Vaccine operations Central Provinces 1886-1899 - 1886-1899
Year: 1886
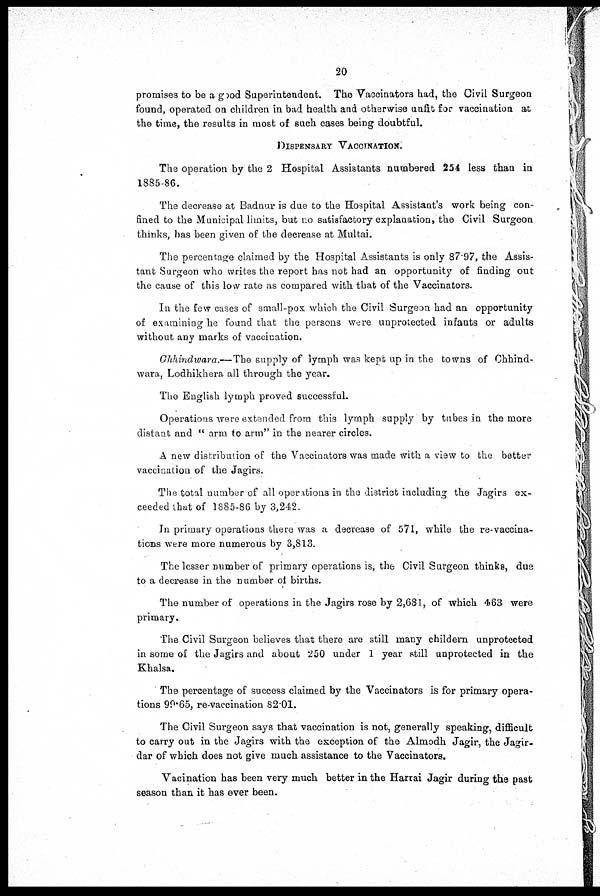
20
promises to be a good Superintendent. The Vaccinators had, the Civil Surgeon
found, operated on children in bad health and otherwise unfit for vaccination at
the time, the results in most of such cases being doubtful.
DISPENSARY VACCINATION.
The operation by the 2 Hospital Assistants numbered 254 less than in
1885-86.
The decrease at Badnur is due to the Hospital Assistant's work being con-
fined to the Municipal limits, but no satisfactory explanation, the Civil Surgeon
thinks, has been given of the decrease at Multai.
The percentage claimed by the Hospital Assistants is only 87.97, the Assis-
tant Surgeon who writes the report has not had an opportunity of finding out
the cause of this low rate as compared with that of the Vaccinators.
In the few cases of small-pox which the Civil Surgeon had an opportunity
of examining he found that the persons were unprotected infants or adults
without any marks of vaccination,
Chhindwara.—The supply of lymph was kept up in the towns of Chhind-
wara, Lodhikhera all through the year.
The English lymph proved successful.
Operations were extended from this lymph supply by tubes in the more
distant and " arm to arm" in the nearer circles.
A new distribution of the Vaccinators was made with a view to the better
vaccination of the Jagirs.
The total number of all operations in the district including the Jagirs ex-
ceeded that of 1885-86 by 3,242.
In primary operations there was a decrease of 571, while the re-vaccina-
tions were more numerous by 3,813.
The lesser number of primary operations is, the Civil Surgeon thinks, due
to a decrease in the number of births.
The number of operations in the Jagirs rose by 2,681, of which 463 were
primary.
The Civil Surgeon believes that there are still many childern unprotected
in some of the Jagirs and about 250 under 1 year still unprotected in the
Khalsa.
The percentage of success claimed by the Vaccinators is for primary opera-
tions 99.65, re-vaccination 82.01.
The Civil Surgeon says that vaccination is not, generally speaking, difficult
to carry out in the Jagirs with the exception of the Almodh Jagir, the Jagir-
dar of which does not give much assistance to the Vaccinators.
Vacination has been very much better in the Harrai Jagir during the past
season than it has ever been.